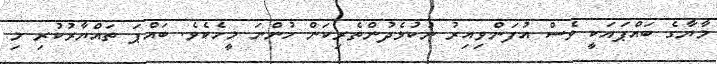
މާޔާގެ ބައްޕައަކީ ވެސް އުފަންވިއިރު ނުކުޅެދުންތެރިކަން ހުންނަ މީހެކެވެ. ބައްޕަ ތައްޔާރުކުރި މި